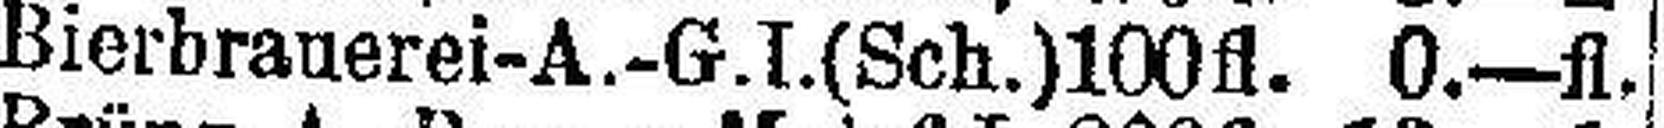
Bierbrauerei-A.-G.I.(Sch.) 100fl. 0.—fl.